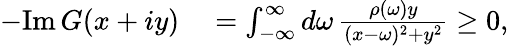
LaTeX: \begin{array}{rl}{-\mathrm{Im}\, G(x+iy)}&{{}=\int_{-\infty}^{\infty}d\omega\, \frac{\rho(\omega)y}{(x-\omega)^{2}+y^{2}}\geq 0,}\end{array}